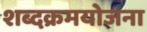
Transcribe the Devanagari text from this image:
शब्दक्रमयोजना